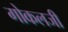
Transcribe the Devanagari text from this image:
गोकलजी